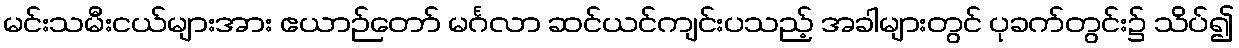
မင်းသမီးငယ်များအား ဧယာဉ်တော် မင်္ဂလာ ဆင်ယင်ကျင်းပသည့် အခါများတွင် ပုခက်တွင်း၌ သိပ်၍